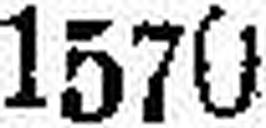
1570